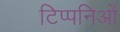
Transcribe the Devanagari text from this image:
टिप्पनिओं